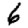
Digit: 6